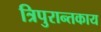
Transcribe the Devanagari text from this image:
त्रिपुरान्तकाय